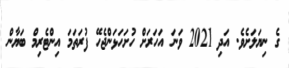
ގެ ނިޔަލަށެވެ. އަދި 2021 ވަނަ އަހަރަށް ހުށަހަޅަންޖެހޭ ފުރަތަމަ އިންޓެރިމް ބަޔާން